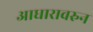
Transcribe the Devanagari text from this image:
आधारावरुन